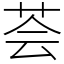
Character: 荟